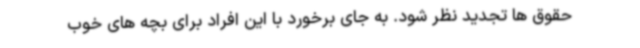
حقوق ها تجدید نظر شود. به جای برخورد با این افراد برای بچه های خوب